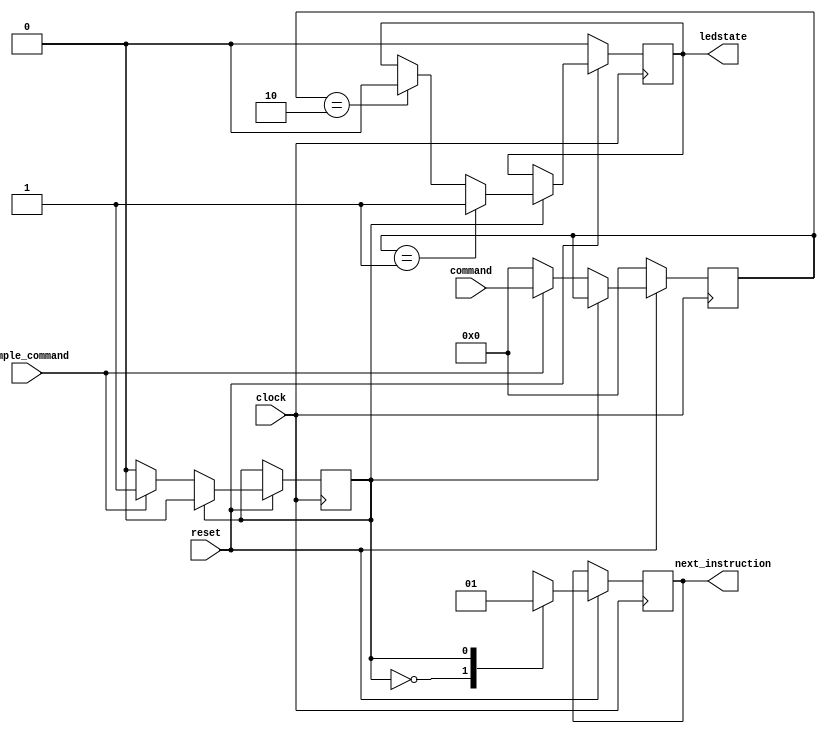
`timescale 1ns / 1ps
//////////////////////////////////////////////////////////////////////////////////
// Company: 
// Engineer: 
// 
// Design Name: 
// Module Name: InterpretLED
// Project Name: 
// Target Devices: 
// Tool Versions: 
// Description: 
// 
// Dependencies: 
// 
// Revision:
// Revision 0.01 - File Created
// Additional Comments:
// 
//////////////////////////////////////////////////////////////////////////////////


module InterpretLED(
    input clock,
    input reset,
    input sample_command,
    input [31:0] command, 
    output reg ledstate,
    output reg next_instruction
    );
    parameter s_idle              = 0;
    parameter s_interpret_command = 1;
    
    reg state = 0;
    reg [31:0] register_command = 0;

    always @(posedge clock) begin
        if (!reset) begin
            // reset
            ledstate <= 0;
            register_command <= 0;
        end else begin
            case(state)
                s_idle : begin
                    next_instruction <= 0;
                    if(sample_command) begin
                        state <= s_interpret_command;
                        register_command <= command;
                    end else begin
                        register_command <= 0;
                    end
                end

                s_interpret_command : begin
                    if (register_command == 32'h0001) begin
                        ledstate <= 1;
                    end else if (register_command == 32'h0002) begin
                        ledstate <= 0;
                    end
                    next_instruction <= 1;
                    state <= s_idle;
                end
            endcase
        end
    end
    
endmodule